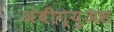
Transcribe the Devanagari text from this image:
अंबीग्युअस